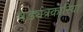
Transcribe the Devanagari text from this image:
षड्यंत्रकारियो